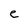
Character: c